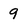
Character: 9